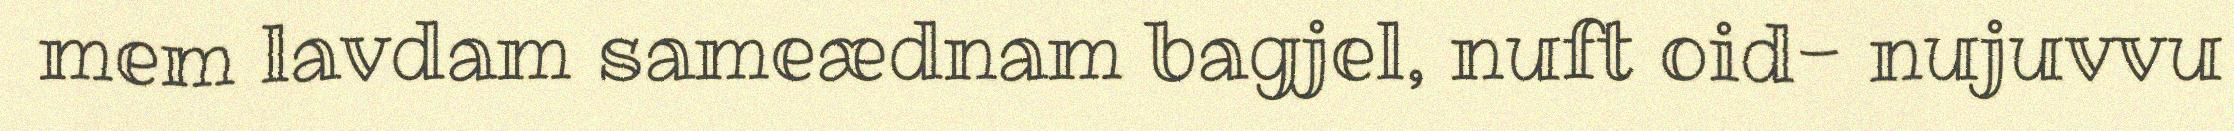
mem lavdam sameædnam bagjel, nuft oid- nujuvvu